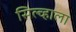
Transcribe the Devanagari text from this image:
सिल्व्हाला